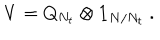
LaTeX: V = Q _ { N _ { t } } \otimes { \bf 1 } _ { N / N _ { t } } ~ .